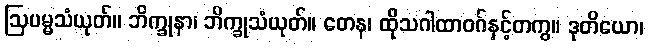
ဩပမ္မသံယုတ်။ ဘိက္ခုနာ၊ ဘိက္ခုသံယုတ်။ တေန၊ ထိုသဂါထာဝဂ်နှင့်တကွ။ ဒုတိယော၊